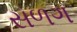
સળગ